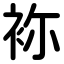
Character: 袮